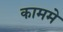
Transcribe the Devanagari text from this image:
काममे